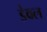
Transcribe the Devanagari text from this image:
डेवल